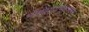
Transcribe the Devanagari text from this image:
भोगोपायभूतशास्त्र